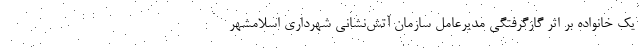
یک خانواده بر اثر گازگرفتگی مدیرعامل سازمان آتش‌نشانی شهرداری اسلامشهر